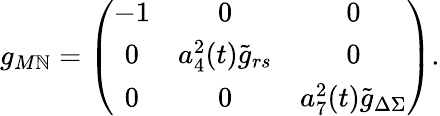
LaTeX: g_{M\mathbb{N}}=\left(\begin{array}{ccc}{{-1}}&{{0}}&{{0}}\\ {{0}}&{{a_{4}^{2}(t){\tilde{g}}_{rs}}}&{{0}}\\ {{0}}&{{0}}&{{a_{7}^{2}(t){\tilde{g}}_{\Delta\Sigma}}}\end{array}\right).